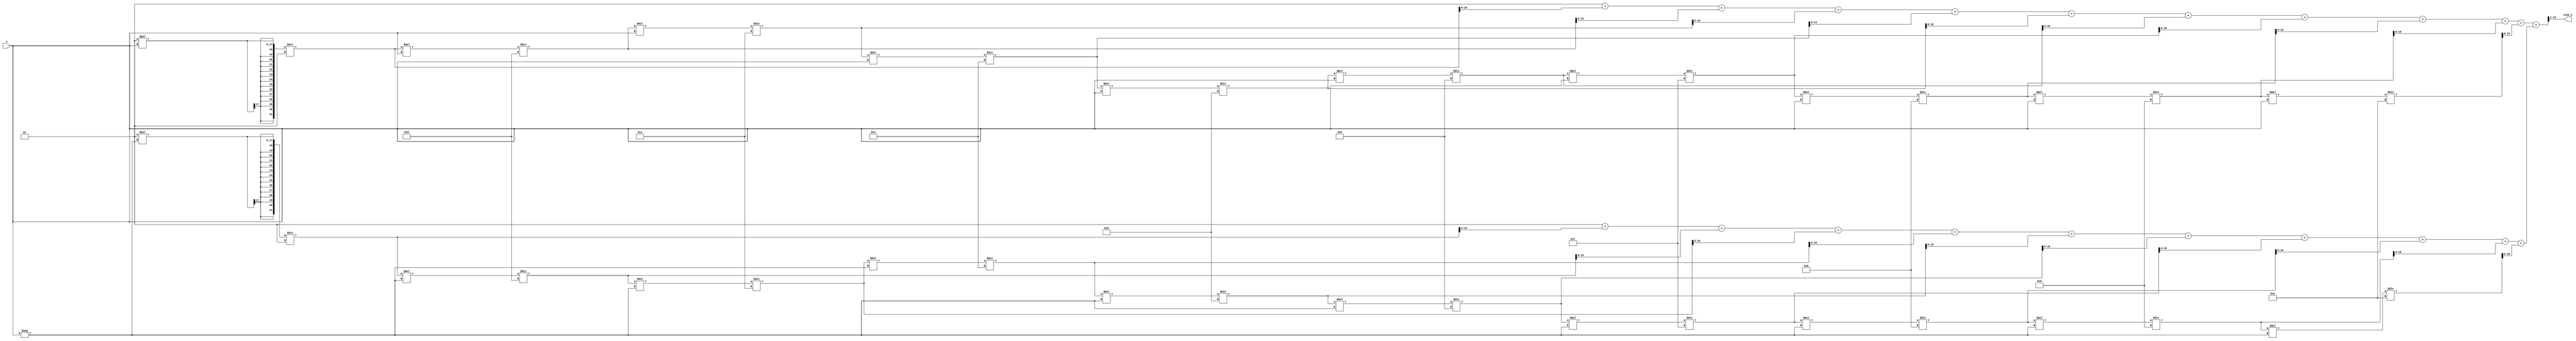
module hyperbolic_cosh (
    input signed [15:0] x,        // Input: signed fixed-point number (16 bits)
    output reg signed [15:0] cosh_x // Output: signed fixed-point number (16 bits)
);

    // Internal signals
    wire signed [31:0] exp_x;      // e^x
    wire signed [31:0] exp_neg_x;  // e^(-x)
    wire signed [31:0] sum;         // e^x + e^(-x)
    wire signed [31:0] half_sum;    // (e^x + e^(-x)) / 2

    // Exponentiation Unit using Taylor Series Approximation
    function signed [31:0] exp_taylor;
        input signed [15:0] val;
        reg signed [31:0] result;
        reg signed [31:0] term;
        integer i;
        begin
            result = 32'h00000001; // e^0 = 1
            term = 32'h00000001;   // First term (x^0 / 0!)
            for (i = 1; i <= 10; i = i + 1) begin
                term = (term * val) / i; // Calculate next term
                result = result + term;   // Add term to result
            end
            exp_taylor = result;
        end
    endfunction

    // Calculate e^x and e^(-x)
    assign exp_x = exp_taylor(x);
    assign exp_neg_x = exp_taylor(-x);

    // Adder: e^x + e^(-x)
    assign sum = exp_x + exp_neg_x;

    // Divider: (e^x + e^(-x)) / 2
    assign half_sum = sum >> 1; // Right shift by 1 to divide by 2

    // Output the result
    always @(*) begin
        cosh_x = half_sum[15:0]; // Assign the lower 16 bits to output
    end

endmodule